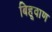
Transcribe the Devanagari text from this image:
बिहूवाण